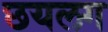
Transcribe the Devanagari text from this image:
छयलग